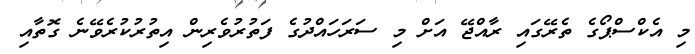
މި އެކްސްޕޯގެ ތެރޭގައި ރާއްޖޭ އަށް މި ސަރަހައްދުގެ ފަތުރުވެރިން އިތުރުކުރެވޭނެ ގޮތާއި